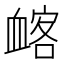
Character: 䘔